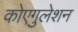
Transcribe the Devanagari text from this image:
कोएगुलेशन